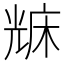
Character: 𠒥